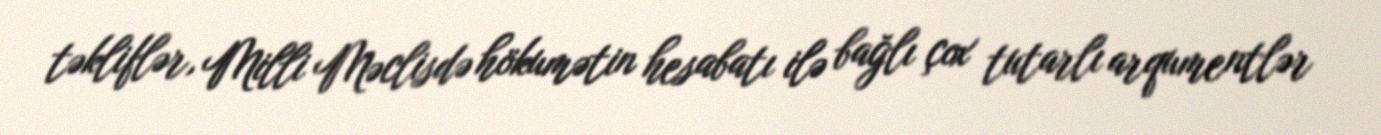
təkliflər, Milli Məclisdə hökumətin hesabatı ilə bağlı çox tutarlı arqumentlər